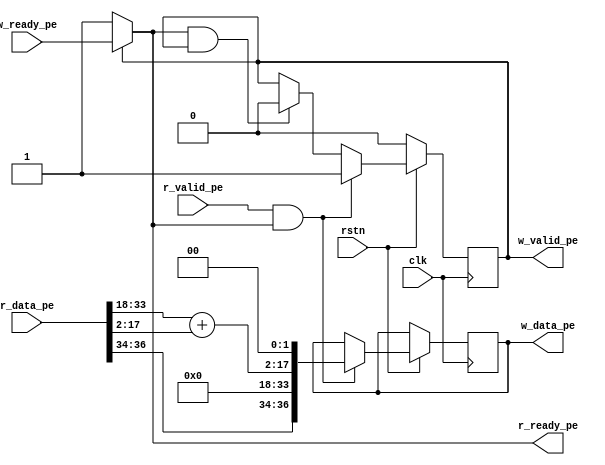
`timescale 1ns/1ps

module add #(parameter id_width = 'd3, x_size = 1, y_size = 1, data_width = 32, total_width = id_width + data_width + x_size + y_size)
(
    input clk,
    input rstn,
    input r_valid_pe,
    input [total_width-1:0] r_data_pe,
    output r_ready_pe,
    output reg w_valid_pe,
    input w_ready_pe,
    output reg [total_width-1:0] w_data_pe
);

wire [x_size+y_size-1:0] xy_size = 0;
wire [(data_width/2)-1:0] tp = 0;

assign r_ready_pe = (w_valid_pe) ? w_ready_pe : 1'b1;

always @(posedge clk) begin
    if (!rstn) begin
        w_valid_pe <= 1'b0;
    end else begin
            if (r_valid_pe & r_ready_pe) begin 
            w_data_pe <= {r_data_pe[total_width-1:total_width-id_width],tp,(r_data_pe[total_width-id_width-1:total_width-id_width-(data_width/2)] + r_data_pe[total_width-id_width-(data_width/2)-1:total_width-id_width-data_width]), xy_size};
            w_valid_pe <= 1'b1;
            end else if (r_ready_pe & w_valid_pe) w_valid_pe <= 1'b0;
        end
end

endmodule